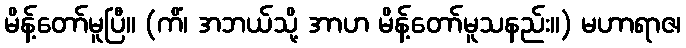
မိန့်တော်မူပြီ။ (ကိံ၊ အဘယ်သို့ အာဟ မိန့်တော်မူသနည်း။) မဟာရာဇ၊